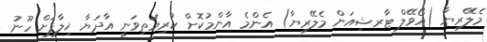
މެލޭރިޔާ (އޯވޭލް ޓާރޝިއަން މެލޭރިޔާ) އެންމެ އާންމުކޮށް ކުރިމަތިވަނީ އާދަޔާ ޚިލާފަށް ހޫނު